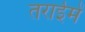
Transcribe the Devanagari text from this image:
तराईमें